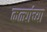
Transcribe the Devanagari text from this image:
कळ्यांच्या